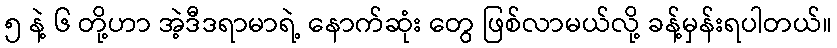
၅ နဲ့ ၆ တို့ဟာ အဲ့ဒီဒရာမာရဲ့ နောက်ဆုံး တွေ ဖြစ်လာမယ်လို့ ခန့်မှန်းရပါတယ်။